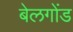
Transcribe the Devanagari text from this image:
बेलगोंड